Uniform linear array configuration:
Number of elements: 12
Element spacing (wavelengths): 0.75
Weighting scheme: blackman
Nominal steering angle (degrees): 45
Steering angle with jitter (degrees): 45.461
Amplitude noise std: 0.05
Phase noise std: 0.05

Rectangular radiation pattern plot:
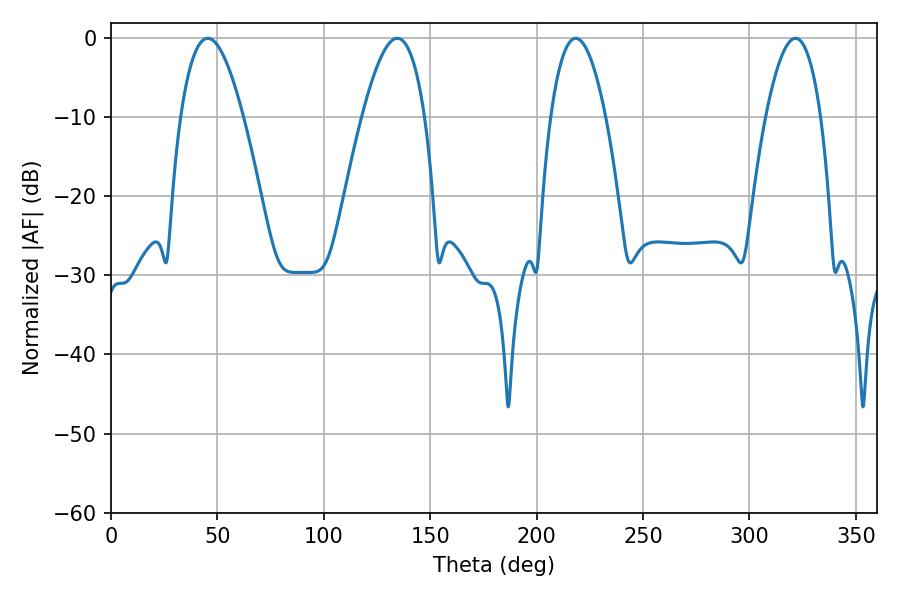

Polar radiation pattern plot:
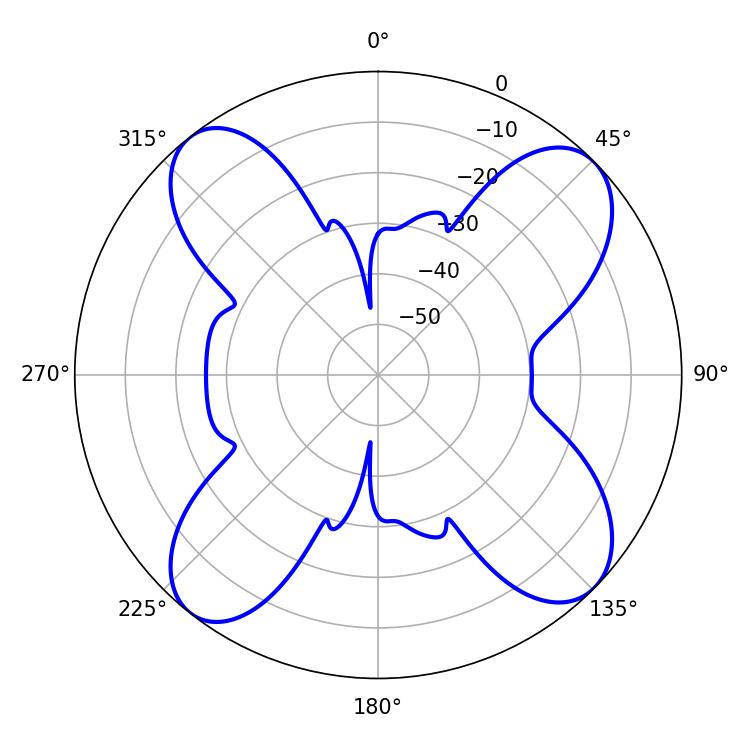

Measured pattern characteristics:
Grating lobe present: TRUE
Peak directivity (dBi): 12.928
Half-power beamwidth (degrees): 14.22
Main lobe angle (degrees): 218.34